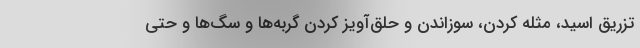
تزریق اسید، مثله کردن، سوزاندن و حلق‌آویز کردن گربه‌ها و سگ‌ها و حتی